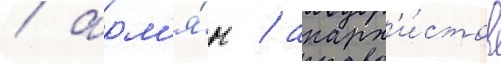
/ арм'я́н / анарх'и́стов